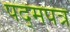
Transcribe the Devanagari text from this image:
पद्मपत्र